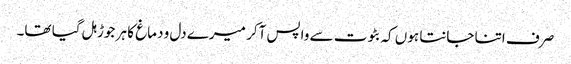
صرف اتنا جانتا ہوں کہ بٹوت سے واپس آکر میرے دل و دماغ کا ہر جوڑ ہل گیا تھا۔